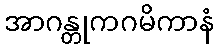
အာဂန္တုကဂမိကာနံ